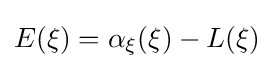
\displaystyle E(\xi )=\alpha _{\xi }(\xi )-L(\xi )